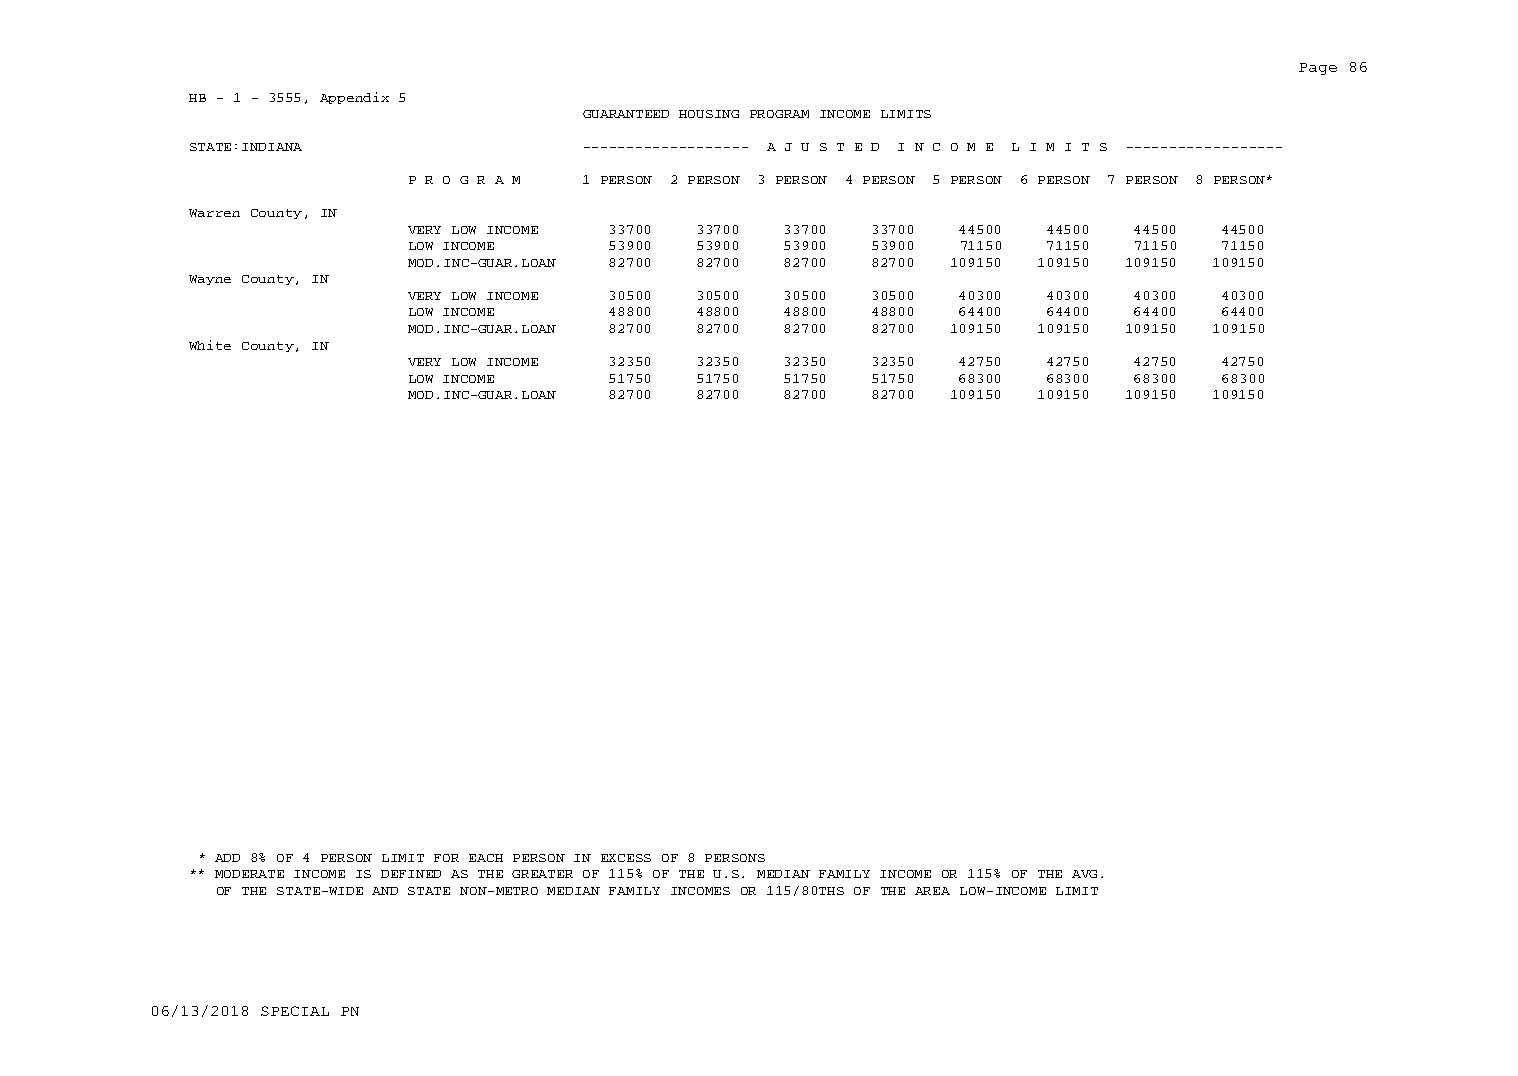
Page 86
 HB - 1 - 3555, Appendix 5
 GUARANTEED HOUSING PROGRAM INCOME LIMITS
 STATE:INDIANA             ------------------- A J U S T E D I N C O M E L I M I T S ------------------
 P R O G R A M 1 PERSON 2 PERSON 3 PERSON 4 PERSON 5 PERSON 6 PERSON 7 PERSON 8 PERSON*
 Warren County, IN
 VERY LOW INCOME 33700 33700 33700 33700 44500 44500 44500 44500
 LOW INCOME    53900 53900 53900 53900 71150 71150 71150 71150
 MOD.INC-GUAR.LOAN 82700 82700 82700 82700 109150 109150 109150 109150
 Wayne County, IN
 VERY LOW INCOME 30500 30500 30500 30500 40300 40300 40300 40300
 LOW INCOME    48800 48800 48800 48800 64400 64400 64400 64400
 MOD.INC-GUAR.LOAN 82700 82700 82700 82700 109150 109150 109150 109150
 White County, IN
 VERY LOW INCOME 32350 32350 32350 32350 42750 42750 42750 42750
 LOW INCOME    51750 51750 51750 51750 68300 68300 68300 68300
 MOD.INC-GUAR.LOAN 82700 82700 82700 82700 109150 109150 109150 109150
 * ADD 8% OF 4 PERSON LIMIT FOR EACH PERSON IN EXCESS OF 8 PERSONS
 ** MODERATE INCOME IS DEFINED AS THE GREATER OF 115% OF THE U.S. MEDIAN FAMILY INCOME OR 115% OF THE AVG.
 OF THE STATE-WIDE AND STATE NON-METRO MEDIAN FAMILY INCOMES OR 115/80THS OF THE AREA LOW-INCOME LIMIT
 06/13/2018 SPECIAL PN